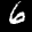
Label: 6